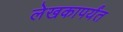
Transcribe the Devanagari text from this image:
लेखकापर्यंत